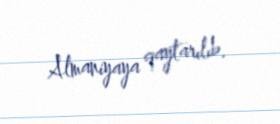
Almaniyaya qaytarılıb.